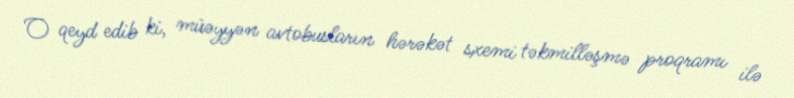
O qeyd edib ki, müəyyən avtobusların hərəkət sxemi təkmilləşmə proqramı ilə